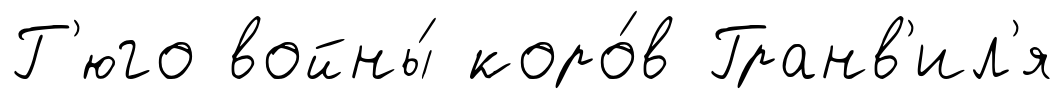
Г'юго войны́ коро́в Гранв'ил'я